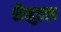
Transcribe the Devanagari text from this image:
शैमुएल